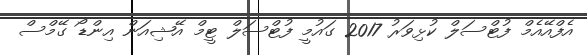
އެފްއޭއެމް ފުޓްސަލް ކުޅިވަރު 2017 ގައުމީ ފުޓްސަލް ޓީމް އޭޝިއަން އިންޑޯ ގޭމްސް